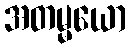
အတမ္မယော